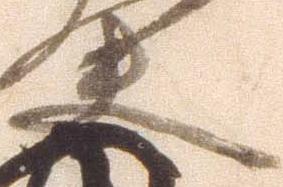
夫